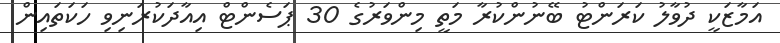
އަމާޒަކީ ދުވާލު ކަރަންޓު ބޭނުންކުރާ މަތީ މިންވަރުގެ 30 ޕަސެންޓް އިއާދަކުރަނިވި ހަކަތައިން